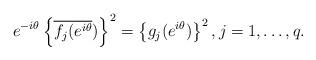
LaTeX: \begin{align*}e^{-i\theta}\left\{\overline{f_j(e^{i\theta}})\right\}^2=\left\{g_j(e^{i\theta})\right\}^2, j=1,\dots,q.\end{align*}